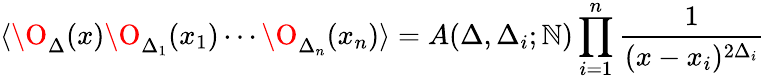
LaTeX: \langle\O_{\Delta}(x)\O_{\Delta_{1}}(x_{1})\cdots\O_{\Delta_{n}}(x_{n})\rangle=A(\Delta,\Delta_{i};\mathbb{N})\prod_{i=1}^{n}{\frac{{1}}{{(x-x_{i})^{2\Delta_{i}}}}}